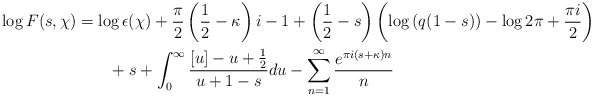
\begin{align*}\log{F(s,\chi)}&= \log{\epsilon(\chi)} + \frac{\pi}{2} \left( \frac{1}{2} - \kappa \right)i - 1+ \left( \frac{1}{2} - s \right) \left( \log{(q(1-s))} - \log{2\pi} + \frac{\pi i}{2} \right) \\&\quad\quad+ s + \int_0^\infty \frac{[u] - u + \frac{1}{2}}{u + 1 - s} du- \sum_{n=1}^\infty \frac{e^{\pi i(s+\kappa)n}}{n}\end{align*}